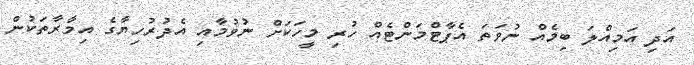
އަދި އަމިއްލަ ބިމެއް ނުވަތަ އެޕާޓްމަންޓެއް ހުރި މީހަކަށް ނުވުމާއި އެދުރުހިޔާގެ އިމާރާތަކުން